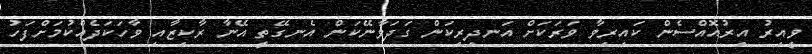
ވީއިރު އިރުއޮއްސެން ކައިރިވާ ވަރަކަށް އަނދިރިކަން ގަދަވާނޭކަން އެނގޭތީ އޭނާ ރާކިޒާއި ވާހަކަދެއްކުމަށްފަހު